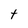
Character: t